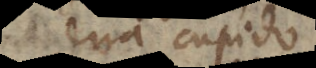
dira cupido